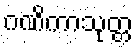
ဂဏိကာသုတ္တ